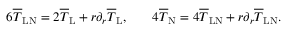
\begin{array} { r l r } { 6 \overline { { T } } _ { \mathrm { L N } } = 2 \overline { { T } } _ { \mathrm { L } } + r \partial _ { r } \overline { { T } } _ { \mathrm { L } } , } & { { } } & { 4 \overline { { T } } _ { \mathrm { N } } = 4 \overline { { T } } _ { \mathrm { L N } } + r \partial _ { r } \overline { { T } } _ { \mathrm { L N } } . } \end{array}